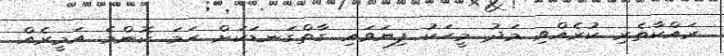
ރައްކާތެރި ކުރެއްވި މަދު މީހަކު ފިޔަވައި ގާތްގަނޑަކަށް ހަމަ ކޮންމެ އަމީރެއް